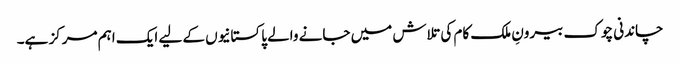
چاندنی چوک بیرونِ ملک کام کی تلاش میں جانے والے پاکستانیوں کے لیے ایک اہم مرکز ہے۔